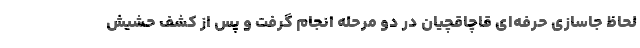
لحاظ جاسازی حرفه‌ای قاچاقچیان در دو مرحله انجام گرفت و پس از کشف حشیش